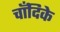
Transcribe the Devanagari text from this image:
चाँदिके